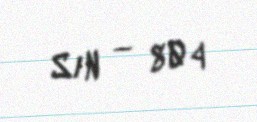
S/N — 804